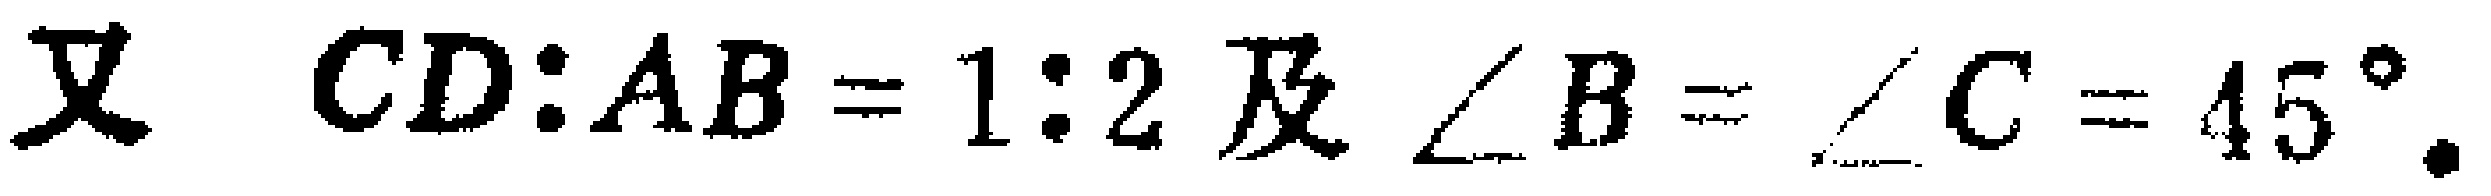
又 \(CD:AB = 1:2\) 及 \(\angle B=\angle C = 45^{\circ}\).